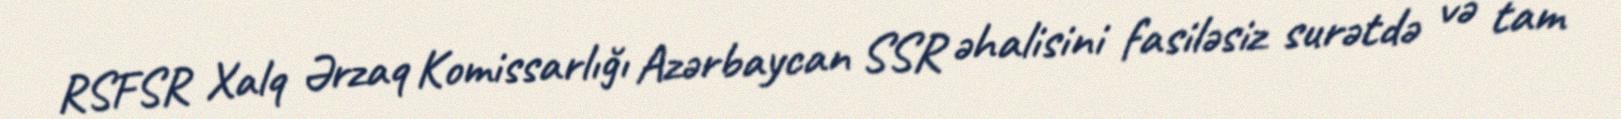
RSFSR Xalq Ərzaq Komissarlığı Azərbaycan SSR əhalisini fasiləsiz surətdə və tam